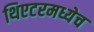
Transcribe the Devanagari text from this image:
थिएटरमध्येच